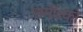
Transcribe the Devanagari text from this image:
समीक्ष्को